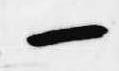
一